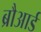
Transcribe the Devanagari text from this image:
ब्रौआर्ड